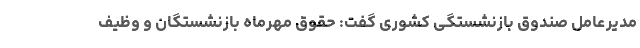
مدیرعامل صندوق بازنشستگی کشوری گفت: حقوق مهرماه بازنشستگان و وظیف